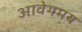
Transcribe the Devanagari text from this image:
आवेगमय